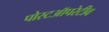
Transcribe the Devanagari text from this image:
पोस्टऑपरेटीव